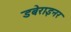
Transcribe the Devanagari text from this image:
डबेराइनर